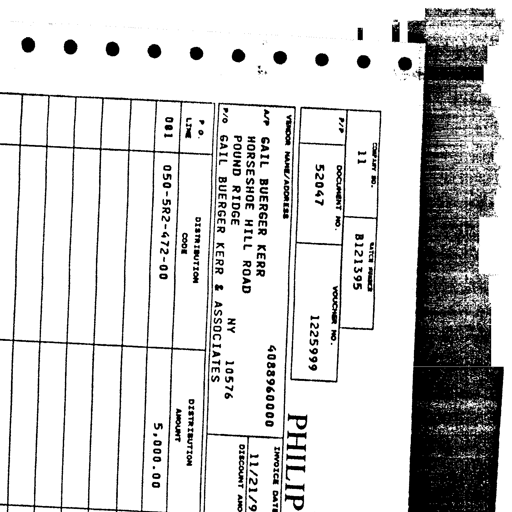
COMPANY NO.
11
BATCH NUMBER
B121395
P/P
DOCUMENT NO.
52047
VOUCHER NO.
1225999
PHILIP
VENDOR NAME/ADDRESS
A/P GAIL BUERGER KERR
HORSESHOE HILL ROAD
POUND RIDGE
NY 10576
P/O GAIL BUERGER KERR & ASSOCIATES
4088960000
INVOICE DATE
11/21/9
DISCOUNT AMO
P.O.
LINE
DISTRIBUTION
CODE
DISTRIBUTION
AMOUNT
001
050-5R2-472-00
5,000.00